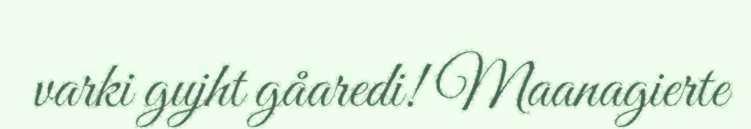
varki gujht gåaredi! Maanagierte